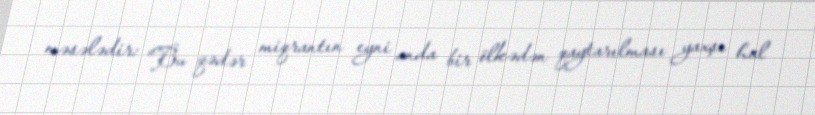
məsələdir: “Bu qədər miqrantın eyni anda bir ölkədən qaytarılması yaxşı hal